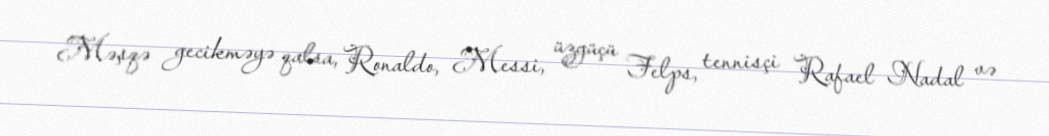
Məşqə gecikməyə qalsa, Ronaldo, Messi, üzgüçü Felps, tennisçi Rafael Nadal və